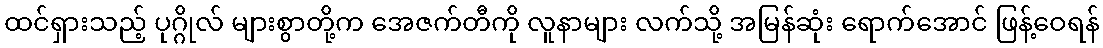
ထင်ရှားသည့် ပုဂ္ဂိုလ် များစွာတို့က အေဇက်တီကို လူနာများ လက်သို့ အမြန်ဆုံး ရောက်အောင် ဖြန့်ဝေရန်